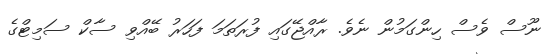
ނޫސް ވެސް ހިންގަމުން ނެވެ. ރާއްޖޭގައި ފުރަތަމަ ފަހަރު ބޭއްވި ސާކް ސަމިޓްގެ